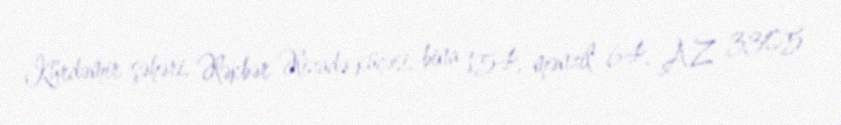
Kürdəmir şəhəri, Ələkbər Əlizadə küçəsi, bina 154, mənzil 64, AZ 3305